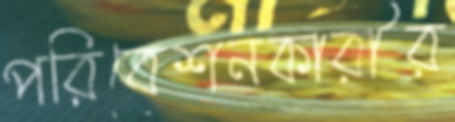
পরিবেশনকারীর